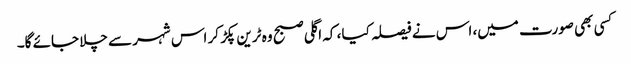
کسی بھی صورت میں، اس نے فیصلہ کیا ، کہ اگلی صبح وہ ٹرین پکڑ کر اس شہر سے چلا جائے گا۔